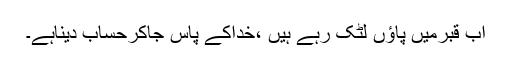
اب قبرمیں پاؤں لٹک رہے ہیں ،خداکے پاس جاکرحساب دیناہے۔